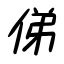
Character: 俤